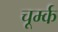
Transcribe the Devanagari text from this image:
चूर्म्क